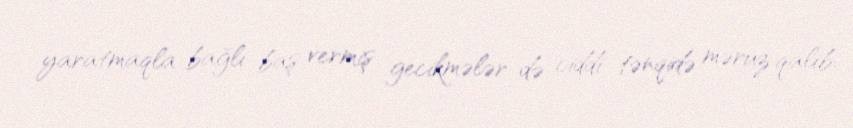
yaratmaqla bağlı baş vermiş gecikmələr də ciddi tənqidə məruz qalıb.